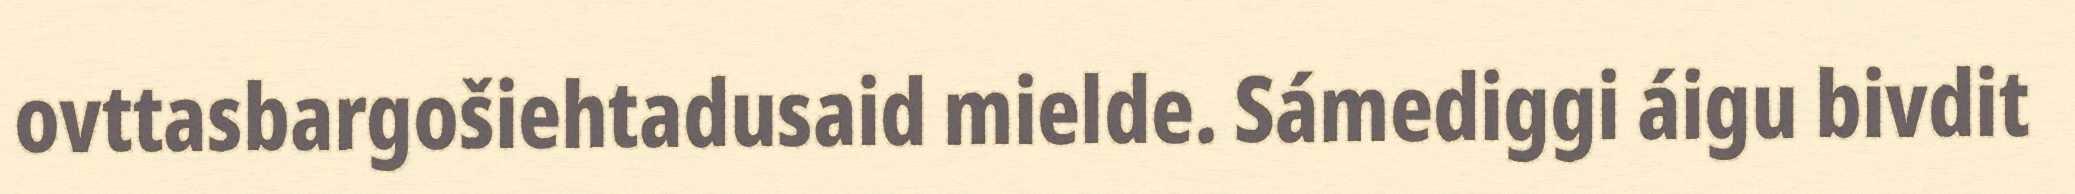
ovttasbargošiehtadusaid mielde. Sámediggi áigu bivdit